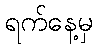
ရက်နေ့မှ